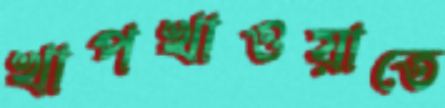
খাপখাওয়াতে